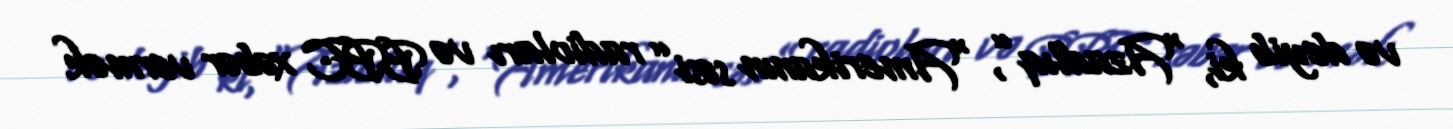
və deyib ki, “Azadlıq”, “Amerikanın səsi” radioları və BBC xəbər vermək